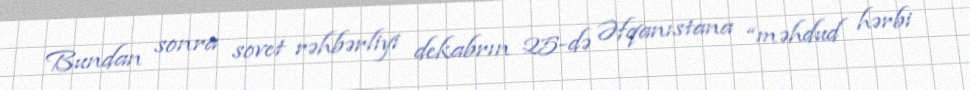
Bundan sonra sovet rəhbərliyi dekabrın 25-də Əfqanıstana “məhdud hərbi